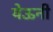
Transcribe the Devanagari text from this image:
येऊनी